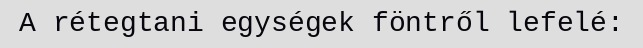
A rétegtani egységek föntről lefelé: